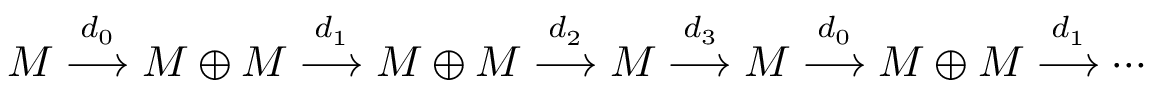
M \stackrel { d _ { 0 } } { \longrightarrow } M \oplus M \stackrel { d _ { 1 } } { \longrightarrow } M \oplus M \stackrel { d _ { 2 } } { \longrightarrow } M \stackrel { d _ { 3 } } { \longrightarrow } M \stackrel { d _ { 0 } } { \longrightarrow } M \oplus M \stackrel { d _ { 1 } } { \longrightarrow } \cdots